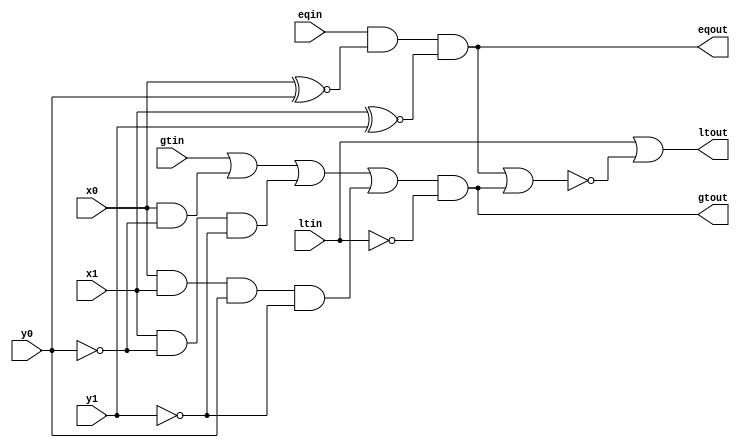
/************************************************
*                                               *
* Derek Prince                                  *
* ECEN 2350: Digital Logic                      *
* 2n-bit Comparator on the terasiC DE0 board    *
* Altera Cyclone 3 EP3C16F484                   *
*	                                              *
*                                               *
*************************************************

Copyright (c) 2016 Derek Prince

Permission is hereby granted, free of charge, to any person obtaining a copy
of this software and associated documentation files (the "Software"), to deal
in the Software without restriction, including without limitation the rights
to use, copy, modify, merge, publish, distribute, sublicense, and/or sell
copies of the Software, and to permit persons to whom the Software is
furnished to do so, subject to the following conditions:

The above copyright notice and this permission notice shall be included in all
copies or substantial portions of the Software.

THE SOFTWARE IS PROVIDED "AS IS", WITHOUT WARRANTY OF ANY KIND, EXPRESS OR
IMPLIED, INCLUDING BUT NOT LIMITED TO THE WARRANTIES OF MERCHANTABILITY,
FITNESS FOR A PARTICULAR PURPOSE AND NONINFRINGEMENT. IN NO EVENT SHALL THE
AUTHORS OR COPYRIGHT HOLDERS BE LIABLE FOR ANY CLAIM, DAMAGES OR OTHER
LIABILITY, WHETHER IN AN ACTION OF CONTRACT, TORT OR OTHERWISE, ARISING FROM,
OUT OF OR IN CONNECTION WITH THE SOFTWARE OR THE USE OR OTHER DEALINGS IN THE
SOFTWARE.

*/

// X has priority. Meaning, if greater than is 1: X is greater than Y. Same goes for lt = 1.
module doublencomparator(x0, x1, y0, y1, eqin, gtin, ltin, eqout, gtout, ltout);

	input x0, x1, y0, y1;				// input bit pairs
	input eqin, gtin, ltin;				// carry inputs (eq = equal, gt = greater than, lt = less than)
	output eqout, gtout, ltout;		// outputs

	// Equality
	// every bit needs to be equal for it to be equal. Astonishing, right?
	// This means that if eqin is 0 already, the whole thing is 0.
	// Which is good, otherwise the final output might say that 0001 is equal to 1101.
	assign eqout = eqin & (x0 ~^ y0) & (x1 ~^ y1);
	// COST:
	// If we assume the XOR gate is a NAND, AND, & OR gate, each with only two inputs, that means one XOR has a cost of 9.
	// I'm choosing not to include the NAND gate as an AND followed by an OR because an AND gate is made by inverting the output of a NAND.
	// So the NAND is cheaper and it would be stupid to say a NAND has the cost of a NAND and two NOTs.
	// ------------------------------------------------
	// Moving on, this gives me a cost of 15 for eqout.

	// Greater Than
	// I did a few versions of this function that were very short but they would always miss ~100 of 56k possibilities.
	// So I just made a kmap of the inputs and the carry in bit.
	// Since this does not cover the acse of the previous bits being less than, I AND-ed it with the less than in bit to cover that case.
	//
	// gx0\x1y0y1    000 001 011 010  100 101 111 110
   //              ----------------------------------
   //          00  | 0 | 0 | 0 | 0 || 1 | 0 | 0 | 0 |
   //              ----------------------------------
   //          01  | 1 | 1 | 0 | 0 || 1 | 1 | 0 | 1 |
   //              ----------------------------------
   //          11  | 1 | 1 | 1 | 1 || 1 | 1 | 1 | 1 |
   //              ----------------------------------
   //          10  | 1 | 1 | 1 | 1 || 1 | 1 | 1 | 1 |
   //              ----------------------------------
   //
   //          f = g + y0'x' + x1y0'y1' + x0x1y0y1'
   //
   // Looking at this, it's clear that each input to the OR gate covers one case where x is greater than y.
   // I was hoping for a more condensed version of this but oh well.
	assign gtout = (gtin | (x0 & ~y0) | (x1 & ~y0 & ~y1) | (x0 & x1 & y0 & ~y1)) & ~ltin;
	// COST:
	// This function is by far the most expensive because it has the most cases.
	// ltout is easy because it's the default case if eqout and gtout are 0.
	// ---------------------------------------------
	// Just add the inputs and outputs as normal: 29

	// Less Than
	// This one is the simplest of all purely because the other two
	// are done already and the output can only have one 'state'
	// So just check if either of the other outputs are true and
	// assign lt true if they are not.
	// And remember to carry the input
	assign ltout = ltin | ~(eqout | gtout);
	// COST:
	// --------------------------------------------
	// Just add the inputs and outputs as normal: 8

	// TOTAL COST:
	// 52

	// As a side note, ltout is a redundant calculation that isn't required to carry through.
	// e.g. If there are 3 states and the output is neither of the first two states, then by default is has to be the third state.
	// This would mean that each module could cut off 8 cost.
	// Since the same check is performed at the output so that 2's compliment numbers can use the same circuitry,
	// this has zero drawbacks and is only included because the assignment specifically requested it.
	// Another thing to consider is that a 2-to-1 mux is a much cheaper way of implementing an xor gate
	// and is more than likely what the FPGA does at compilation. So the actual cost is cut down even more.

endmodule //doublencomparator